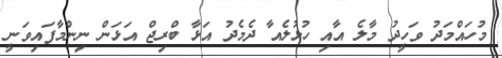
މުހައްމަދު ވަހީދު މާލެ އާއި ހުޅުލެއާ ދެމެދު އަޅާ ބްރިޖް އަޅަން ނިންމާފައިވަނީ